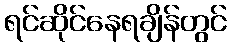
ရင်ဆိုင်နေရချိန်တွင်